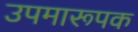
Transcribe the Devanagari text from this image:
उपमारूपक